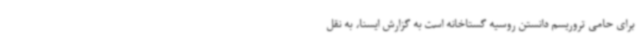
برای حامی تروریسم دانستن روسیه گستاخانه است به گزارش ایسنا، به نقل